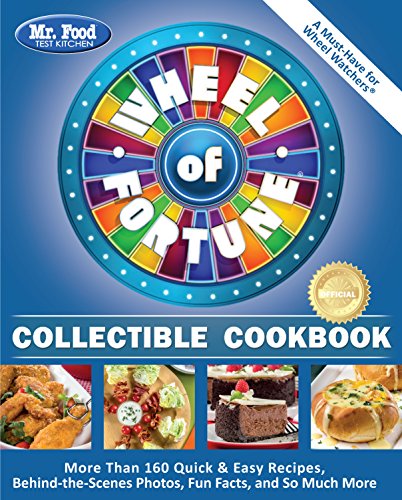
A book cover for Mr. Food Test Kitchen Wheel of FortuneÂ® Collectible Cookbook: More Than 160 Quick & Easy Recipes, Behind-the-Scenes Photos, Fun Facts, and So Much More; Mr. Food Test Kitchen; Cookbooks, Food & Wine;